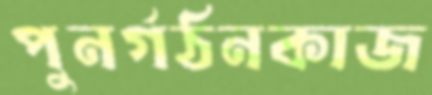
পুনর্গঠনকাজ